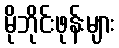
မိုဘိုင်းဖုန်းများ